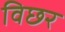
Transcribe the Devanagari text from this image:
विछर